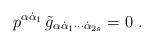
LaTeX: \begin{align*}p^{\alpha\dot\alpha_1}\, \tilde g_{\alpha\dot\alpha_1\cdots\dot\alpha_{2s}}=0\ .\end{align*}